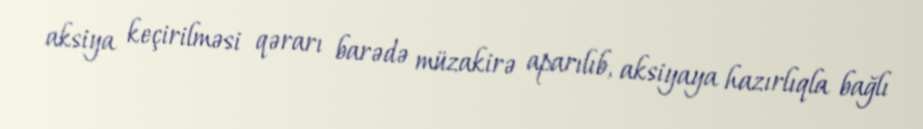
aksiya keçirilməsi qərarı barədə müzakirə aparılıb, aksiyaya hazırlıqla bağlı